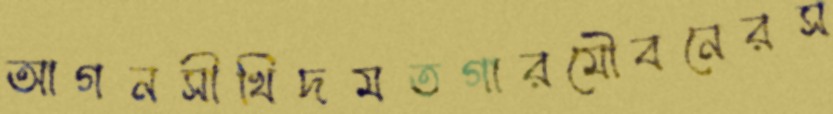
আগনসীখিদমতগারমৌবনেরস